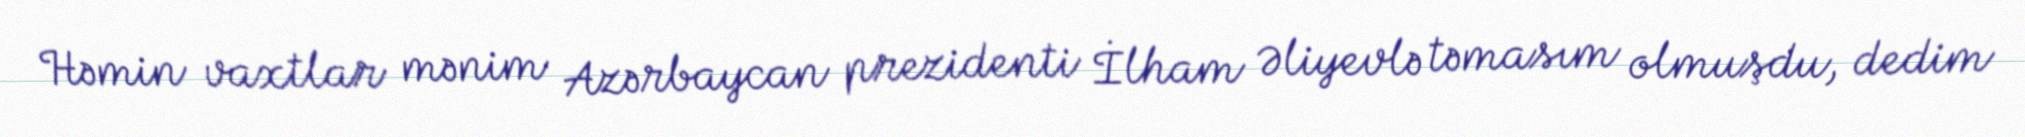
Həmin vaxtlar mənim Azərbaycan prezidenti İlham Əliyevlə təmasım olmuşdu, dedim